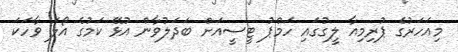
މިއަހަރުގެ ޕުރިމިއާ ލީގުގައި ހަމްޕު ޓީސީއަށް ބަދަލުވާން އުޅޭ ކަމުގެ އޯލަ ވާހަކަ